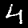
Label: 4